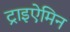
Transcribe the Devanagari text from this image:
ट्राइऐमिन